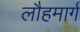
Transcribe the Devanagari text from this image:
लौहमार्ग